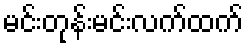
မင်းတုန်းမင်းလက်ထက်